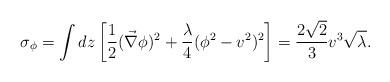
LaTeX: \begin{align*}\sigma_{\phi}= \int dz \left[ \frac {1} {2} (\vec{\nabla} \phi)^2 +\frac {\lambda} {4} (\phi^2 - v^2)^2\right] = \frac {2 \sqrt{2}} {3} v^3 \sqrt{\lambda}.\end{align*}